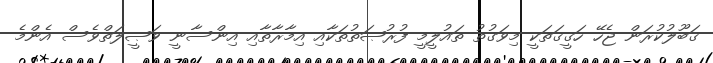
ޤަބޫލުކުރަން ޖެހޭ ހަޤީޤަތަކީ މިވަގުތު ތައުލީމީ ފުރުޞަތުތަކާއި އިމާރާތާއި އިންސާނީ ވަޞީލަތްވެސް އެންމެ